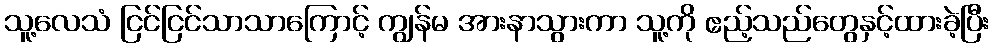
သူ့လေသံ ငြင်ငြင်သာသာကြောင့် ကျွန်မ အားနာသွားကာ သူ့ကို ဧည့်သည်တွေနှင့်ထားခဲ့ပြီး